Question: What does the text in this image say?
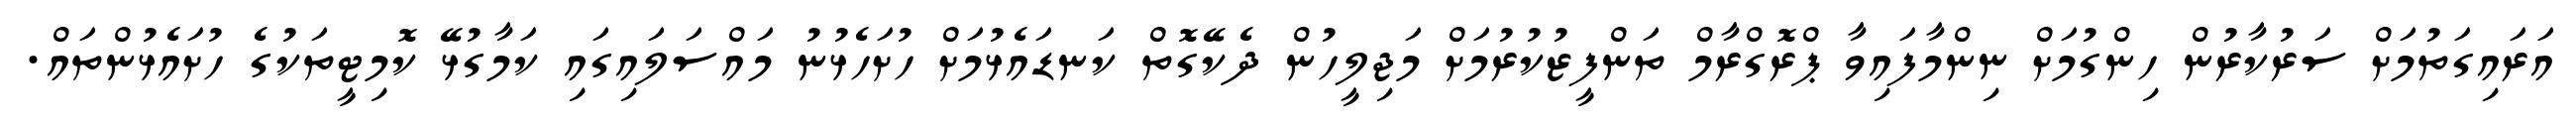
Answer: އަރައިގަތުމަށް ސަރުކާރުން ހިންގުމަށް ނިންމާފައިވާ ޕްރޮގްރާމް ތަންފީޒުކުރުމަށް މަޖިލީހުން ދެކޭގޮތް ކަނޑައެޅުމަށް ހުށަހެޅުނު މައްސަލައިގައި ކަމާގުޅޭ ކޮމިޓީތަކުގެ ހުށައެޅުންތައް.